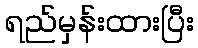
ရည်မှန်းထားပြီး